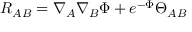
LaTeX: R _ { A B } = \nabla _ { A } \nabla _ { B } \Phi + e ^ { - \Phi } \Theta _ { A B }